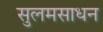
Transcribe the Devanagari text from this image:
सुलमसाधन